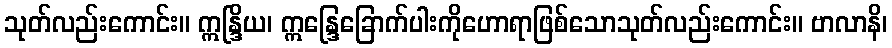
သုတ်လည်းကောင်း။ ဣန္ဒြိယ၊ ဣန္ဒြေခြောက်ပါးကိုဟောရာဖြစ်သောသုတ်လည်းကောင်း။ ဗာလာနိ၊